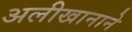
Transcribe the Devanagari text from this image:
अलीखानाने